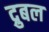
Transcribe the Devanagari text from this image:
द्रुबल